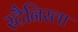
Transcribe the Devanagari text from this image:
स्टैनिस्ला